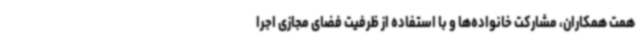
همت همکاران، مشارکت خانواده‌ها و با استفاده از ظرفیت فضای مجازی اجرا